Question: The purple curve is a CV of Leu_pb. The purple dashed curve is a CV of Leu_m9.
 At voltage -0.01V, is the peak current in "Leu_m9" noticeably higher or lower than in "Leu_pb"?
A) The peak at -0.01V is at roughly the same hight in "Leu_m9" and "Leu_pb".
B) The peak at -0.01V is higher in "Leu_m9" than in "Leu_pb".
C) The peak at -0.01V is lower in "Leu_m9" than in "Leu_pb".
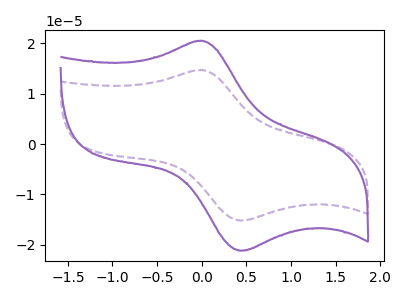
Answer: <think>The purple curve "Leu_pb" has an anodic peak at (0.00V, 20.55uA) and a cathodic peak at (0.45V, -21.20uA). The purple dashed curve "Leu_m9" has an anodic peak at (0.00V, 14.75uA) and a cathodic peak at (0.45V, -15.20uA).</think>
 <answer>C) The peak at -0.01V is lower in "Leu_m9" than in "Leu_pb".</answer>
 <eval>C</eval>